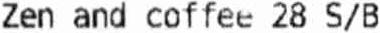
ZEN AND COFFEE 28 S/B